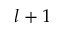
l + 1